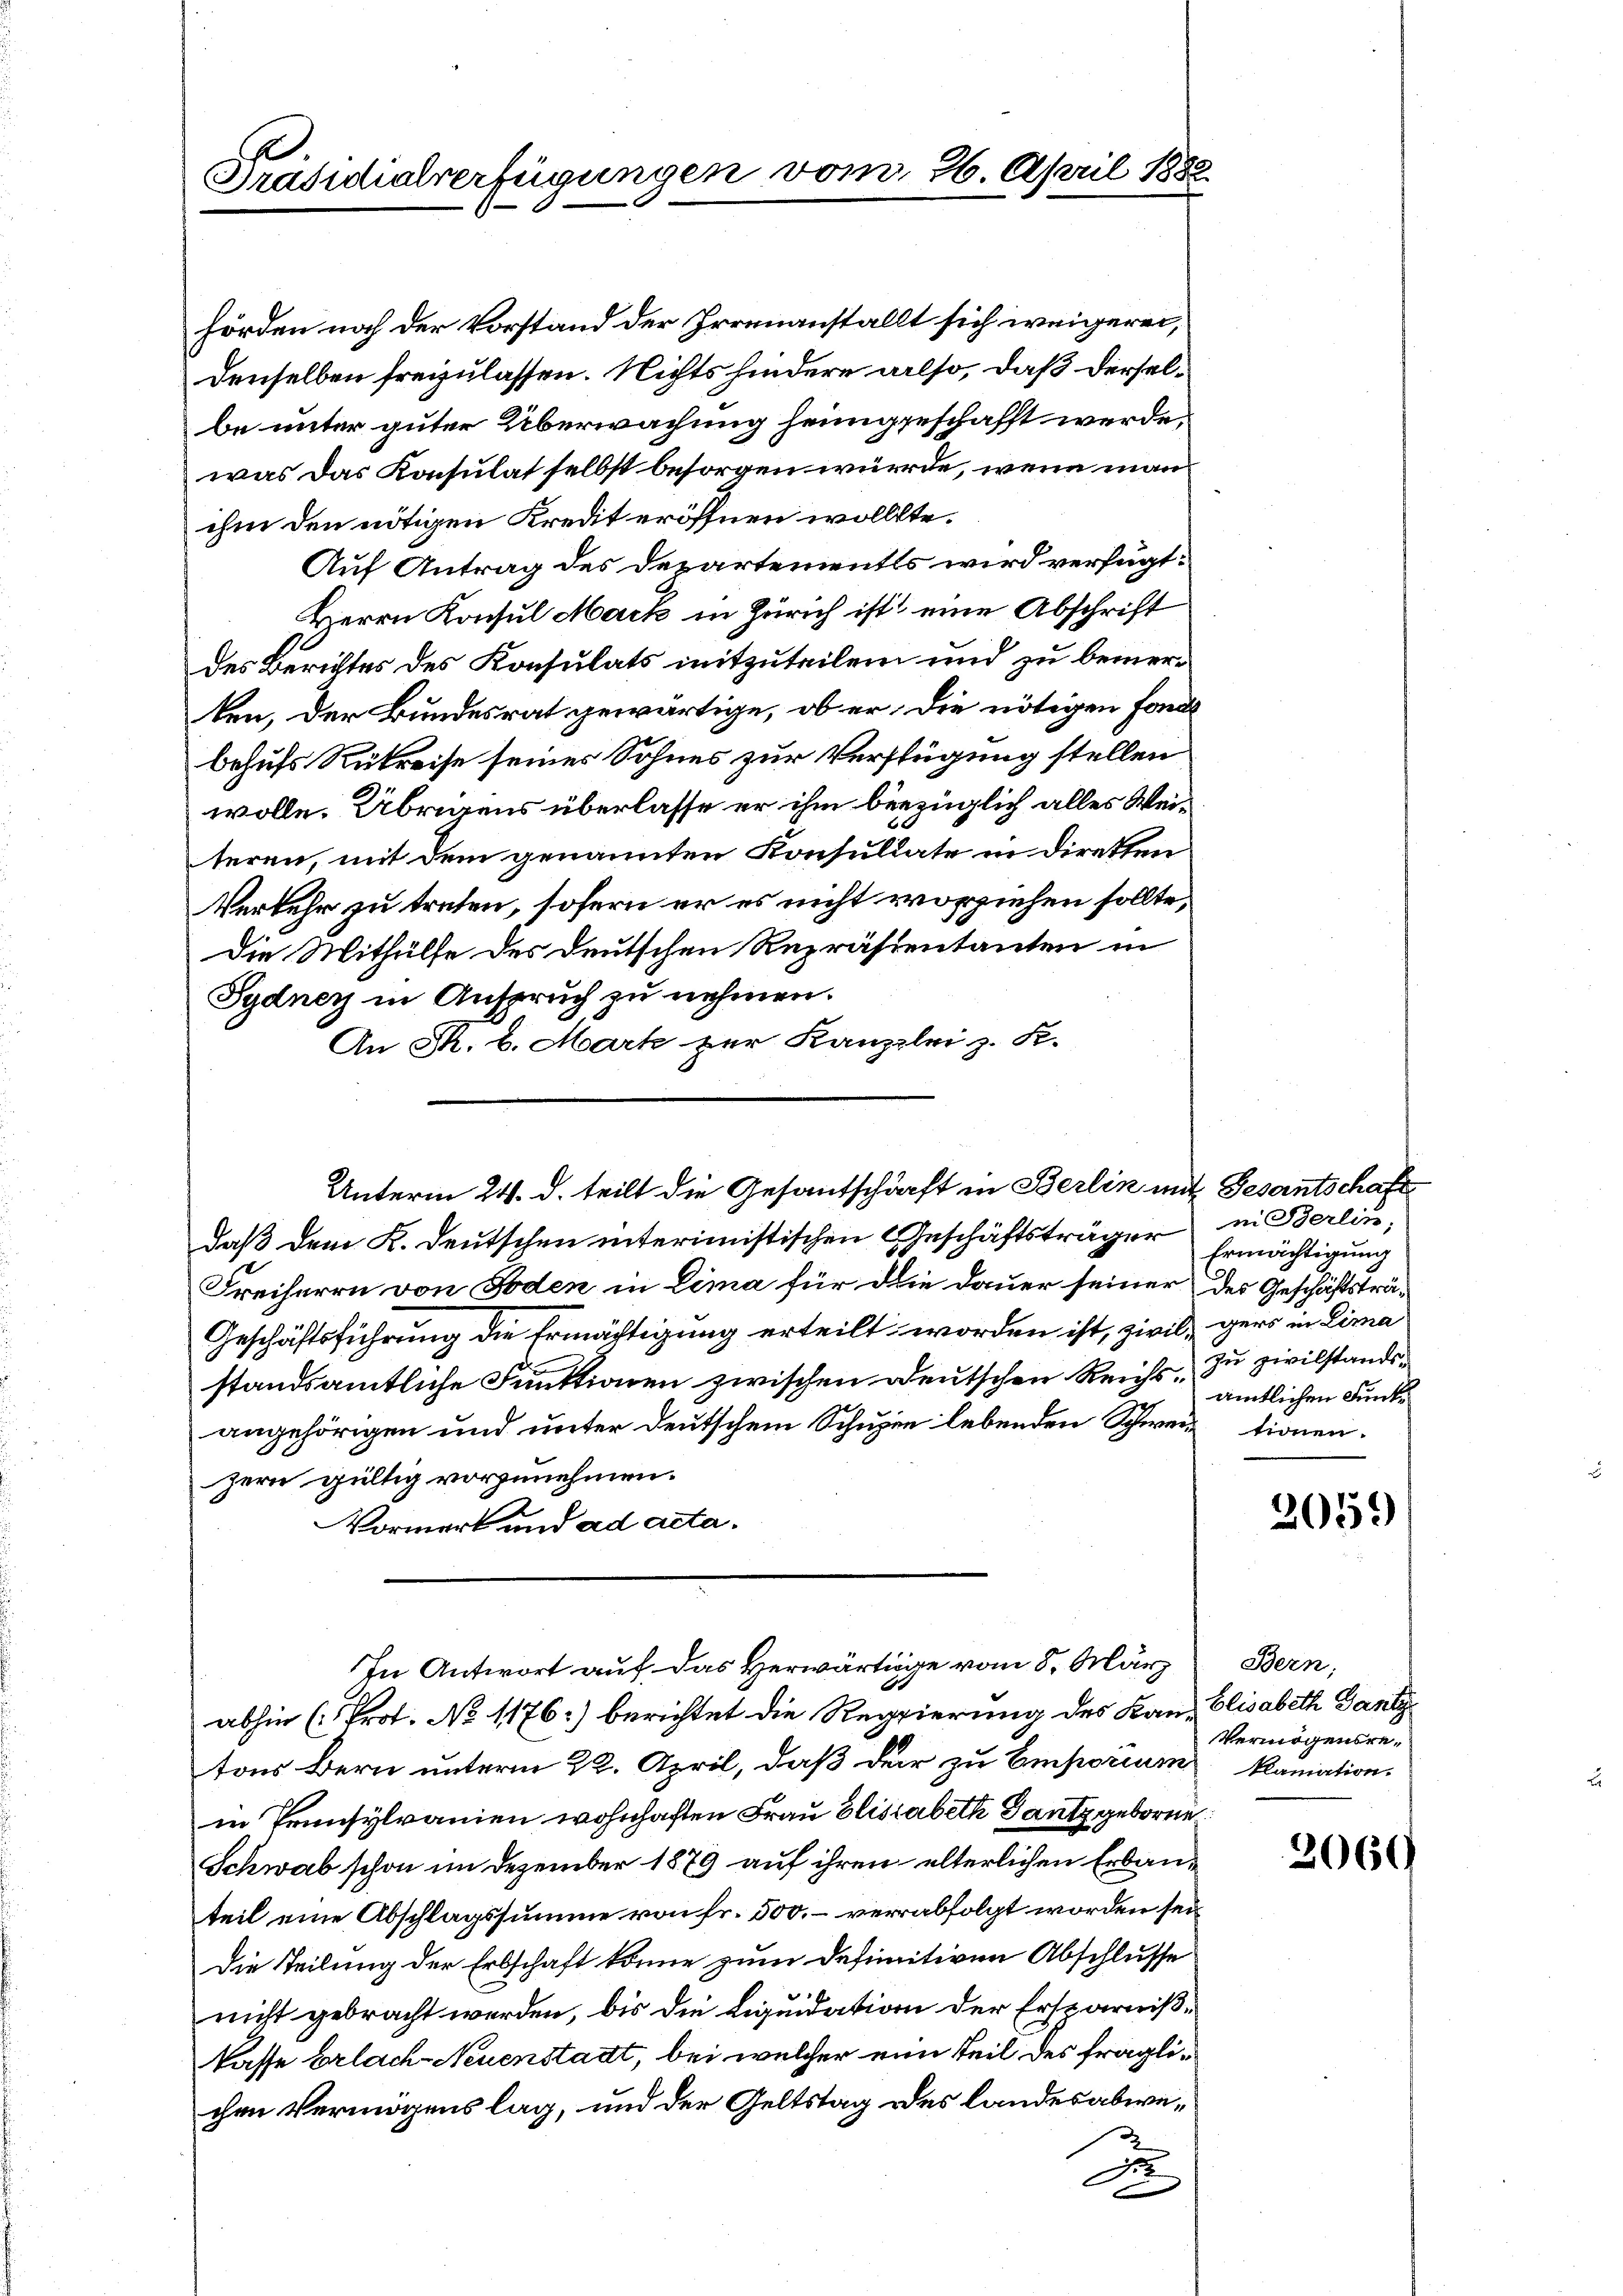
Präsidialverfügungen vom 26. April 1882

hörden noch der Vorstand der Irrenanstallt sich weigerei,
denselben freyzulassen. Nichts hindere also, daß derselbe unter guter Überwachung heimgeschafft werde.
was das Konsulat selbst besorgen würde, wenn man
ihm den nötigen Kredit eröffnen wollte.
Auf Antrag des Departements wird verfügt:
Herrn Konsul Mark in Zürich ist eine Abschrift
des Berichtes des Konsulats mitzuteilen und zu bemerten, der Bundesrat gewärtige, ob er die nötigen Fond
behufs Rükreise seines Sohnes zur Verfügung stellen
wolle. Übrigens überlasse er ihm bezüglich alles Weiteren, mit dem genannten Konsultate in diretten
Verkehr zu treten, sofern er es nicht vorziehen sollte,
Die Mithülfe des deutschen Repräsentanten in
Sydney in Anspruch zu nehmen.
An PR. 6. Mark zur Kanzleiz. R.
daß dem K. Deutschen interimistischen Geschäftsträger
Freiherrn von Toden in Lima für die Dauer seiner des Geschäftsträ¬
Geschäftsführung die Ermächtigung erteilt worden ist, zivil, gero in Lima
standsamtliche Funktionen zwischen Deutschen Reichs amtlichen Funke
angehörigen und unter deutschem Schulen lebenden Schwertionen.
zern gültig vorzunehmen.
Vormerk und ad acta.
In Antwort auf das Herwärtige vom 8. März
abhin (Prot. No 1176) berichtet die Regierung des Kan- Elisabeth Gantz
tons Bern unterm 22. April, daß der zu Emporium
in Trünsylvanien wohnhaften Frau Elisabeth Gantz geborne
Schwab schon im Dezember 1879 auf ihren elterlichen Erbauteil eine Abschlagssumme von Fr. 500. – verabfolgt worden sei
Die Teilung der Erbschaft könne zum Definitiven Abschlusse
nicht gebracht werden, bis die Liquidation der Ersparnißkasse Erlach Neuenstadt, bei welcher eine Teil des fraglichen Vermögens lag, und der Geltstag des landesabwe¬
F

Unterm 24. d. teilt die Gesantschärft in Berlin mit Gesantschaft

ii Berlin,
Ermächtigung
zu zivilstands

2059

Bern;
Vermögensreklamation.

2069